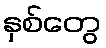
နှစ်တွေ